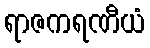
ရာဇကရဏီယံ